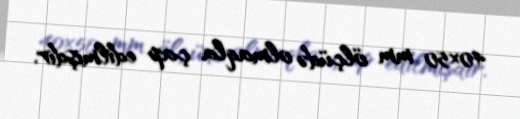
40×50 mm ölçüdə olmaqla çap edilmişdir.